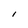
Character: l